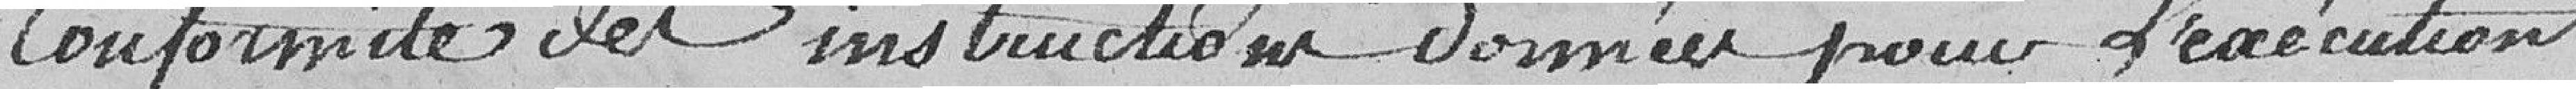
conformité des instructions données pour l'exécution